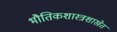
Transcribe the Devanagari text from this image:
भौतिकशास्त्रशाखेत